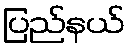
ပြည်နယ်